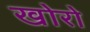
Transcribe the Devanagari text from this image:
खोरो